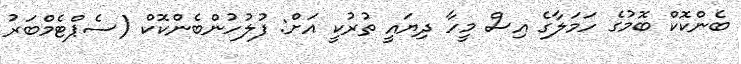
ބެންކޮކް ބޮމުގެ ހަމަލާގެ އިސް މީހާ ދިޔައީ ތުރުކީ އަށް: ފުލުހުންބެންކޮކް (ސެޕްޓެމްބަރު